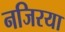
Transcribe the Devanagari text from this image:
नजिरया